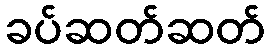
ခပ်ဆတ်ဆတ်